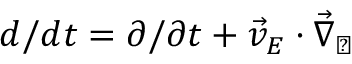
d / d t = \partial / \partial t + \vec { v } _ { E } \cdot \vec { \nabla } _ { \perp }